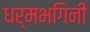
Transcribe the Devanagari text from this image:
धर्मभगिनी